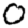
Digit: 0